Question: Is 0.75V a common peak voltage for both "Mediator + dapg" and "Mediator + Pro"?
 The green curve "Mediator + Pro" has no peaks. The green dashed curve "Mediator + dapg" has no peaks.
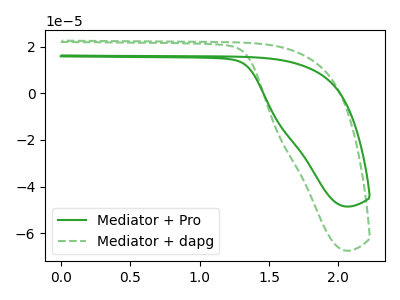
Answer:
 <answer>No, "Mediator + dapg" and "Mediator + Pro" dont share a peak at 0.75V.</answer>
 <eval>mismatch</eval>